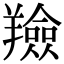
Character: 羷